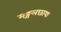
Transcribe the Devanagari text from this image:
मङ्गलछायः